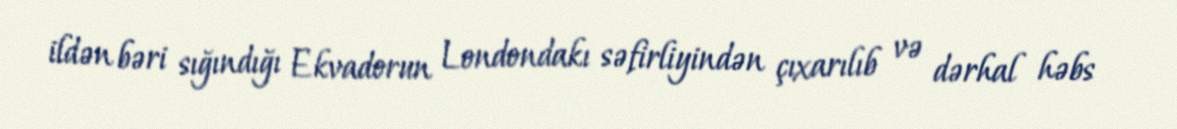
ildən bəri sığındığı Ekvadorun Londondakı səfirliyindən çıxarılıb və dərhal həbs